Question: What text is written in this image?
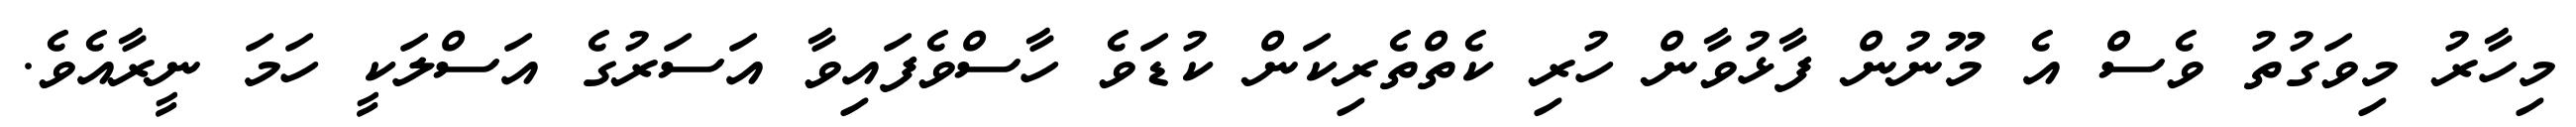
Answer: މިހާރު މިވަގުތު ވެސް އެ މޫނުން ފާޅުވާން ހުރި ކެތްތެރިކަން ކުޑަވެ ހާސްވެފައިވާ އަސަރުގެ އަސްލަކީ ހަމަ ނީރާއެވެ.